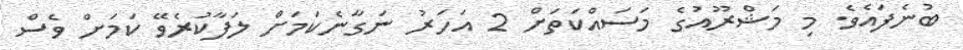
ބުނެފައެވެ. މި މަޝްރޫއުގެ މަސައްކަތަށް 2 އަހަރު ނަގާނެކަމަށް ލަފާކުރެވޭ ކަމަށް ވެސް